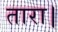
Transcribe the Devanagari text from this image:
तारा।